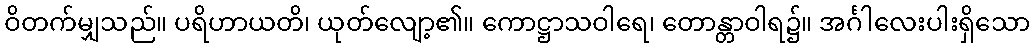
ဝိတက်မျှသည်။ ပရိဟာယတိ၊ ယုတ်လျော့၏။ ကောဋ္ဌာသဝါရေ၊ တောန္တာဝါရ၌။ အင်္ဂါလေးပါးရှိသော